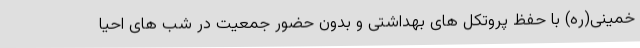
خمینی(ره) با حفظ پروتکل های بهداشتی و بدون حضور جمعیت در شب های احیا